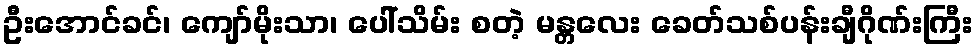
ဦးအောင်ခင်၊ ကျော်မိုးသာ၊ ပေါ်သိမ်း စတဲ့ မန္တလေး ခေတ်သစ်ပန်းချီဂိုဏ်းကြီး